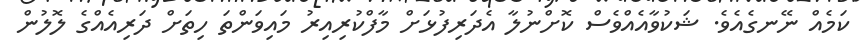
ކަމެއް ނޭނގެއެވެ. ޝަކުވާއެއްވެސް ކޮށްނުލާ އެދަރިފުޅަށް މާފްކުރިއިރު މައިވަންތަ ހިތަށް ދަރިއެއްގެ ލޮލުން